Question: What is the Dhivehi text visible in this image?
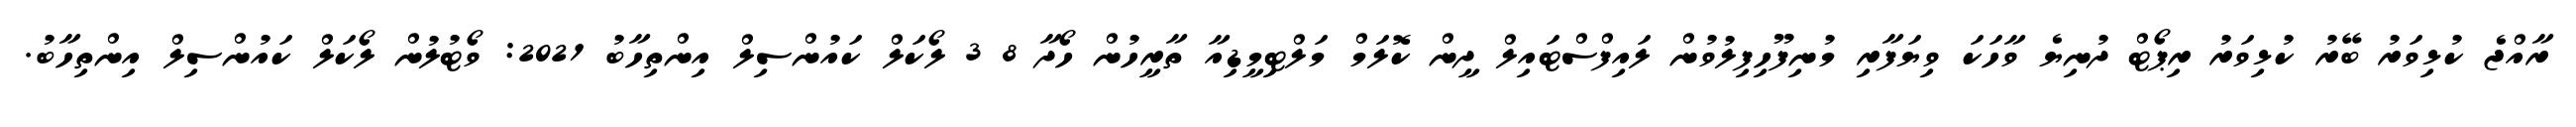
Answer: ރާއްޖެ ކުޅިވަރު ބޭރު ކުޅިވަރު ރިޕޯޓް ދުނިޔެ ވާހަކަ ވިޔަފާރި މުނިފޫހިފިލުވުން ލައިފްސްޓައިލް ދީން ކޮލަމް މަލްޓިމީޑިއާ ތާރީހުން ހޯދާ 8 3 ލޯކަލް ކައުންސިލް އިންތިހާބު 2021: ވޯޓުލުން ލޯކަލް ކައުންސިލް އިންތިހާބު.